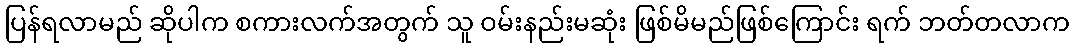
ပြန်ရလာမည် ဆိုပါက စကားလက်အတွက် သူ ဝမ်းနည်းမဆုံး ဖြစ်မိမည်ဖြစ်ကြောင်း ရက် ဘတ်တလာက